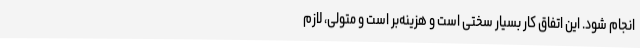
انجام شود. این اتفاق کار بسیار سختی است و هزینه‌بر است و متولی، لازم